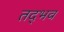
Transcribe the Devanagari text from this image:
तद्‍भव